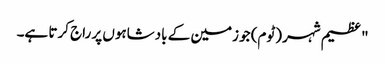
" عظیم شہر (ٹوم) جو زمین کے بادشاہوں پر راج کرتا ہے۔